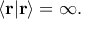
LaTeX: \langle \mathbf { r } | \mathbf { r } \rangle = \infty .